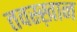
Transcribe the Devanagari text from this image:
तवस्ख़ान